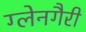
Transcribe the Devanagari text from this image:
ग्लेनगैरी